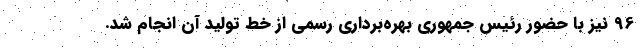
96 نیز با حضور رئیس جمهوری بهره‌برداری رسمی از خط تولید آن انجام شد.